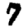
Digit: 7